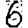
Digit: 6